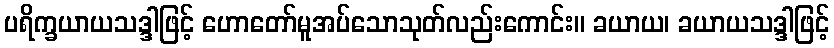
ပရိက္ခယာယသဒ္ဒါဖြင့် ဟောတော်မူအပ်သောသုတ်လည်းကောင်း။ ခယာယ၊ ခယာယသဒ္ဒါဖြင့်